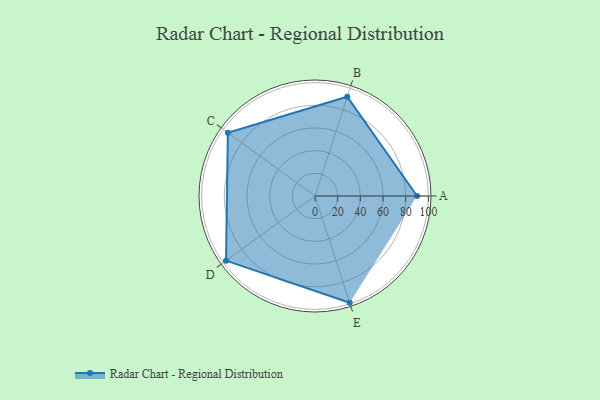
{"axis": {"x": "Skill", "y": "Score"}, "legend": ["Profile"], "data": [{"x": "A", "y": 90.0, "type": "Profile"}, {"x": "B", "y": 92.0, "type": "Profile"}, {"x": "C", "y": 95.0, "type": "Profile"}, {"x": "D", "y": 97.0, "type": "Profile"}, {"x": "E", "y": 99, "type": "Profile"}]}